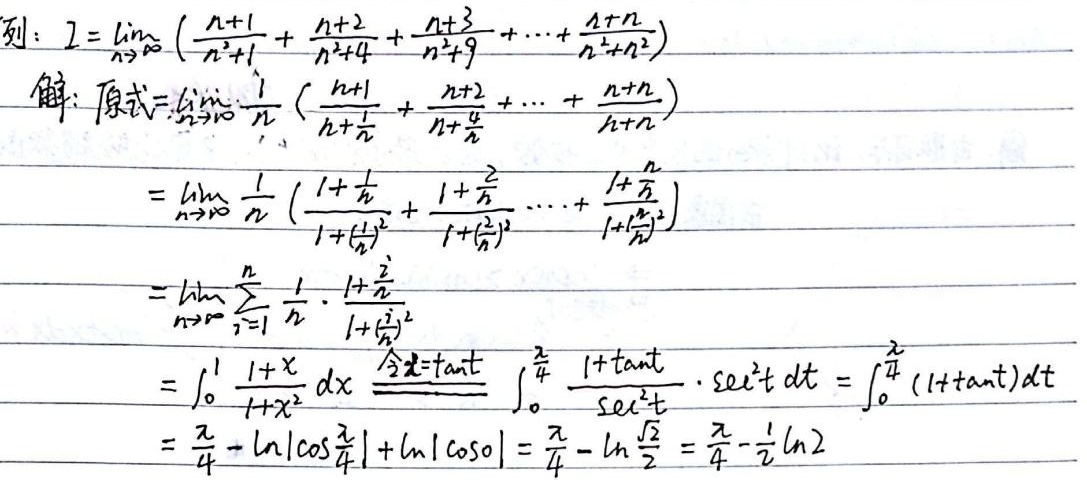
\[
\begin{align*}
&\text{例：}I = \lim_{n\rightarrow\infty}\left(\frac{n + 1}{n^{2}+1}+\frac{n + 2}{n^{2}+4}+\frac{n + 3}{n^{2}+9}+\cdots+\frac{n + n}{n^{2}+n^{2}}\right)\\
&\text{解：原式}=\lim_{n\rightarrow\infty}\frac{1}{n}\left(\frac{n + 1}{n+\frac{1}{n}}+\frac{n + 2}{n+\frac{4}{n}}+\cdots+\frac{n + n}{n+\frac{n^{2}}{n}}\right)\\
&=\lim_{n\rightarrow\infty}\frac{1}{n}\left(\frac{1+\frac{1}{n}}{1+\left(\frac{1}{n}\right)^{2}}+\frac{1+\frac{2}{n}}{1+\left(\frac{2}{n}\right)^{2}}+\cdots+\frac{1+\frac{n}{n}}{1+\left(\frac{n}{n}\right)^{2}}\right)\\
&=\lim_{n\rightarrow\infty}\sum_{i = 1}^{n}\frac{1}{n}\cdot\frac{1+\frac{i}{n}}{1+\left(\frac{i}{n}\right)^{2}}\\
&=\int_{0}^{1}\frac{1 + x}{1+x^{2}}dx\overset{\text{令}x=\tan t}{=}\int_{0}^{\frac{\pi}{4}}\frac{1+\tan t}{\sec^{2}t}\cdot\sec^{2}t\ dt=\int_{0}^{\frac{\pi}{4}}(1 + \tan t)dt\\
&=\frac{\pi}{4}+\ln|\cos\frac{\pi}{4}|+\ln|\cos0|=\frac{\pi}{4}-\ln\frac{\sqrt{2}}{2}=\frac{\pi}{4}-\frac{1}{2}\ln2
\end{align*}
\]